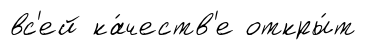
вс'ей ка́честв'е откры́т